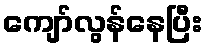
ကျော်လွန်နေပြီး